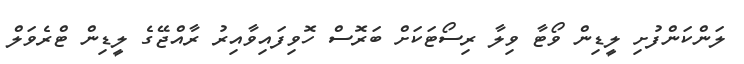
ލަންކަންފުށި ލީޑިން ވޯޓާ ވިލާ ރިސޯޓަކަށް ބަރޮސް ހޮވިފައިވާއިރު ރާއްޖޭގެ ލީޑިން ޓްރެވަލް